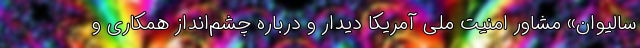
سالیوان» مشاور امنیت ملی آمریکا دیدار و درباره چشم‌انداز همکاری و